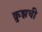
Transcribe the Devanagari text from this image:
क्रुझची